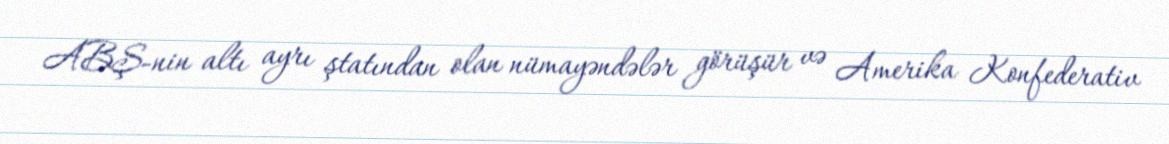
ABŞ-nin altı ayrı ştatından olan nümayəndələr görüşür və Amerika Konfederativ